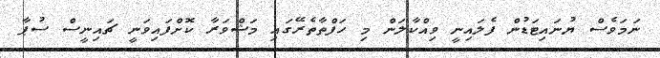
ނަމަވެސް ޔުނައިޓަޑުން ފެލައިނީ ވިއްކާލަން މި ހަފްތާތެރޭގައި މަޝްވަރާ ކޮށްފައިވަނީ ޗައިނީސް ސުޕާ